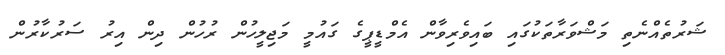
ޝަރުތެއްނެތި މަޝްވަރާތަކުގައި ބައިވެރިވާން އެމްޑީޕީގެ ގައުމީ މަޖިލީހުން ރުހުން ދިން އިރު ސަރުކާރުން